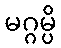
မဂ္ဂမ္ပိ